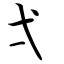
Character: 弌